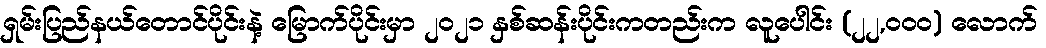
ရှမ်းပြည်နယ်တောင်ပိုင်းနဲ့ မြောက်ပိုင်းမှာ ၂၀၂၁ နှစ်ဆန်းပိုင်းကတည်းက လူပေါင်း (၂၂,၀၀၀) လောက်